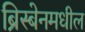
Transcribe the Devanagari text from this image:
ब्रिस्बेनमधील